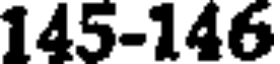
145-146